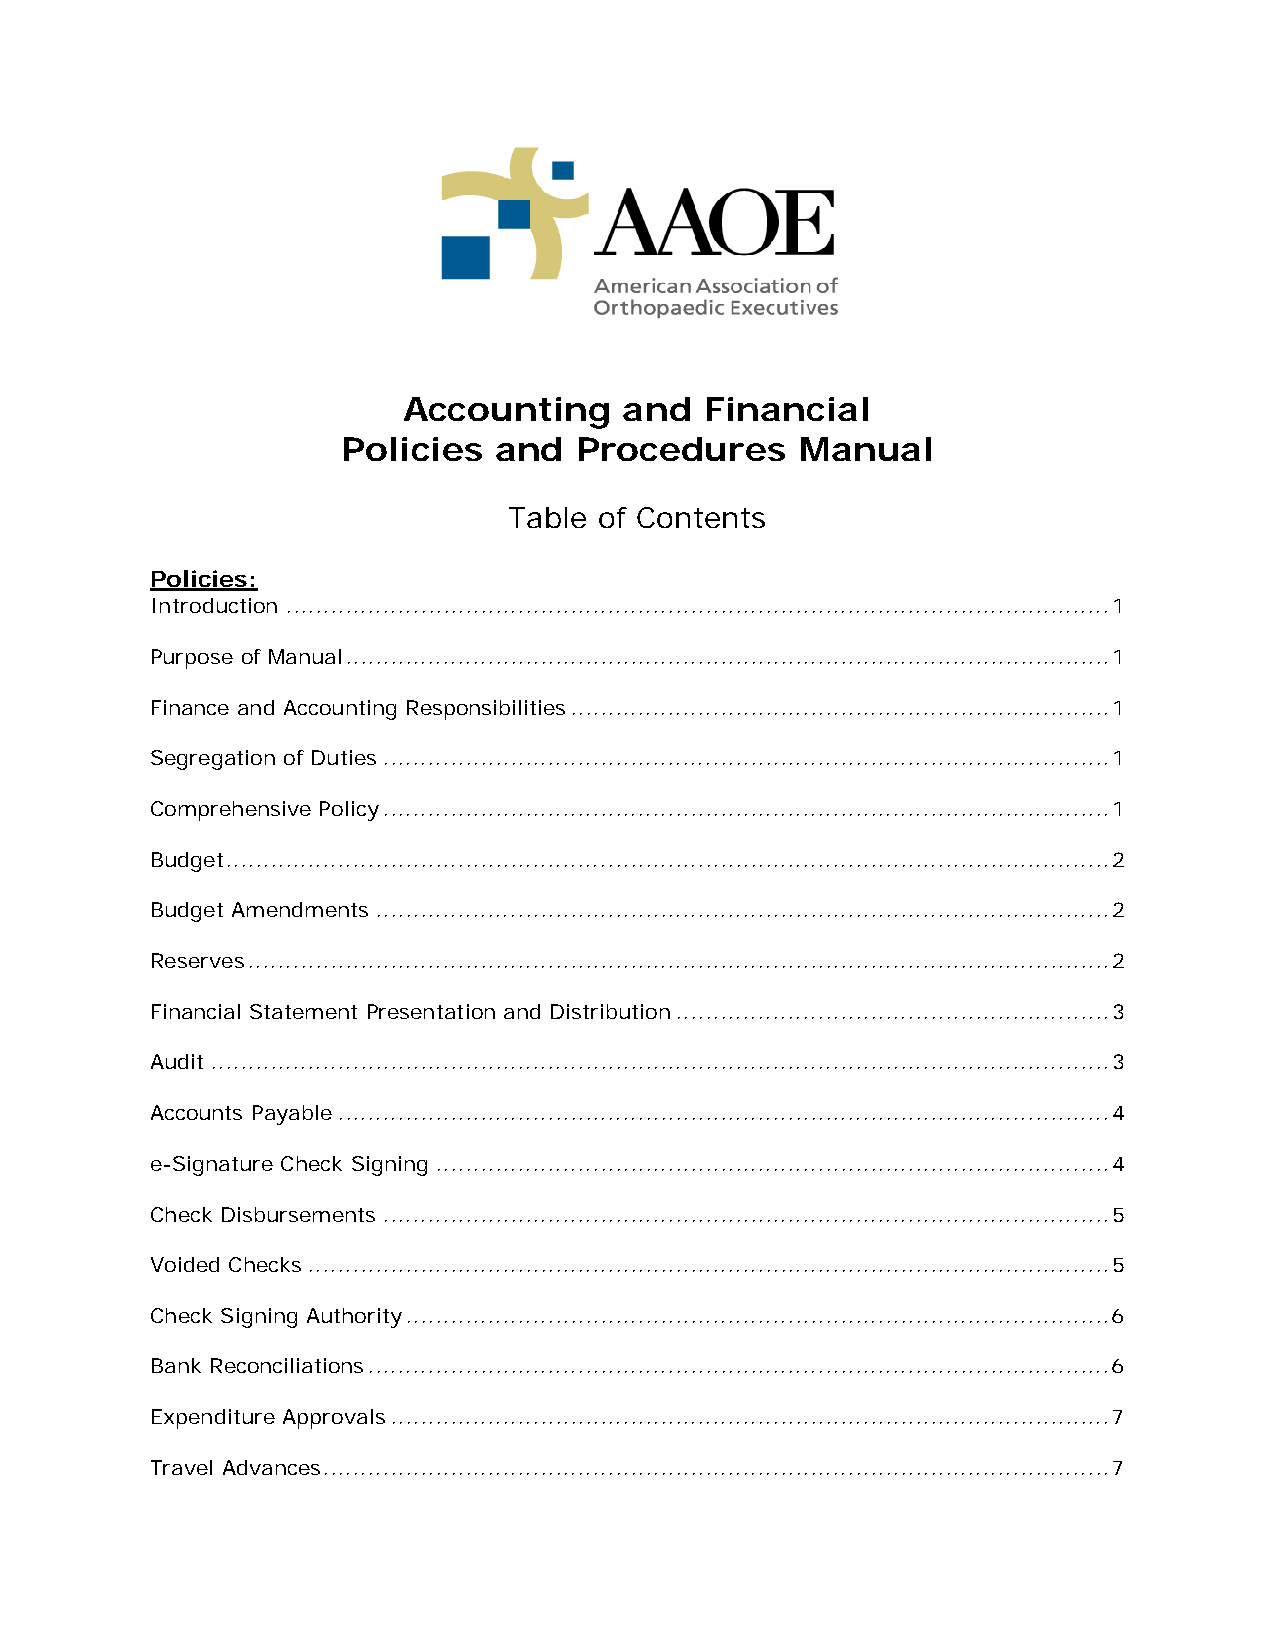
Accounting    and   Financial
 Policies  and  Procedures     Manual
 Table of Contents
 Policies:
 Introduction .............................................................................................................. 1
 Purpose of Manual ...................................................................................................... 1
 Finance and Accounting Responsibilities ........................................................................ 1
 Segregation of Duties ................................................................................................. 1
 Comprehensive Policy ................................................................................................. 1
 Budget ...................................................................................................................... 2
 Budget Amendments .................................................................................................. 2
 Reserves ................................................................................................................... 2
 Financial Statement Presentation and Distribution .......................................................... 3
 Audit ........................................................................................................................ 3
 Accounts Payable ....................................................................................................... 4
 e-Signature Check Signing .......................................................................................... 4
 Check Disbursements ................................................................................................. 5
 Voided Checks ........................................................................................................... 5
 Check Signing Authority .............................................................................................. 6
 Bank Reconciliations ................................................................................................... 6
 Expenditure Approvals ................................................................................................ 7
 Travel Advances ......................................................................................................... 7